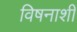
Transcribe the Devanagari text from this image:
विषनाशी